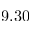
9 . 3 0